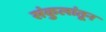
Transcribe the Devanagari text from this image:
संकुलांतून